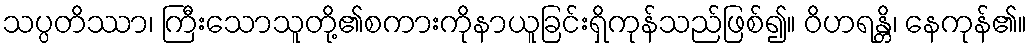
သပ္ပတိဿာ၊ ကြီးသောသူတို့၏စကားကိုနာယူခြင်းရှိကုန်သည်ဖြစ်၍။ ဝိဟရန္တိ၊ နေကုန်၏။